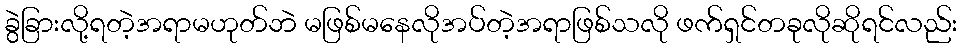
ခွဲခြားလို့ရတဲ့အရာမဟုတ်ဘဲ မဖြစ်မနေလိုအပ်တဲ့အရာဖြစ်သလို ဖက်ရှင်တခုလိုဆိုရင်လည်း